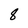
Character: 8